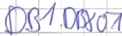
Text: DB1.DBX0.1